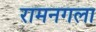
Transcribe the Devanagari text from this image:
रामनगला